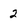
Character: 2